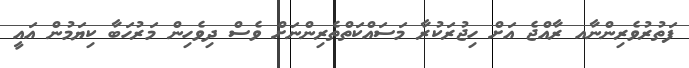
ފަތުރުވެރިންނާއ ރާއްޖެ އަށް ހިޖުރަކުރާ މަސައްކަތްތެރިންނަށް ވެސް ދިވެހިން މަރުހަބާ ކިޔަމުން އައީ